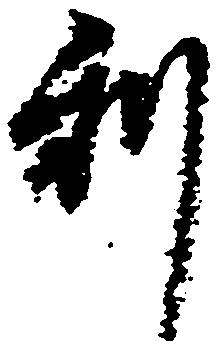
利